Assam Mental Hospital (Tezpur, India) - 1933-1948
Year: 1933
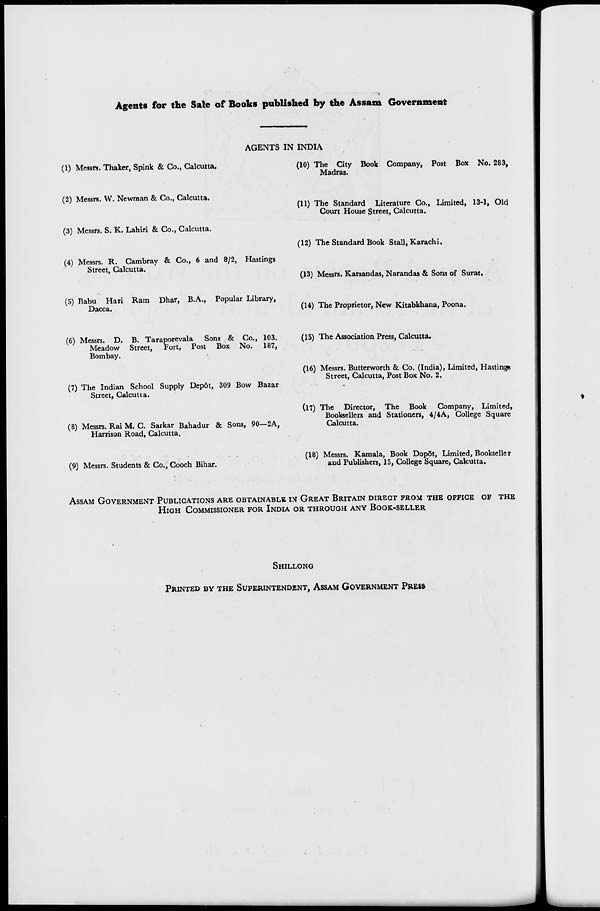
Agents for the Sale of Books published by the Assam Government
AGENTS IN INDIA
(1) Messrs. Thaker, Spink & Co., Calcutta.
(2) Messrs. W. Newman & Co., Calcutta.
(3) Messrs. S. K. Lahiri & Co., Calcutta.
(4) Messrs. R. Cambray & Co., 6 and 8/2, Hastings
Street, Calcutta.
(5) Babu Hari Ram Dhar, B.A., Popular Library,
Dacca.
(6) Messrs. D. B. Taraporevala Sons & Co., 103.
Meadow Street, Fort, Post Box No. 187,
Bombay.
(7) The Indian School Supply Depôt, 309 Bow Bazar
Street, Calcutta.
(8) Messrs. Rai M. C. Sarkar Bahadur & Sons, 90—2A,
Harrison Road, Calcutta.
(9) Messrs. Students & Co., Cooch Bihar.
(10) The City Book Company, Post Box No. 283,
Madras.
(11) The Standard Literature Co., Limited, 13-1, Old
Court House Street, Calcutta.
(12) The Standard Book Stall, Karachi.
(13) Messrs. Karsandas, Narandas & Sons of Surat.
(14) The Proprietor, New Kitabkhana, Poona.
(15) The Association Press, Calcutta.
(16) Messrs. Butterworth & Co. (India), Limited, Hastings
Street, Calcutta, Post Box No. 2.
(17) The Director, The Book Company, Limited,
Booksellers and Stationers, 4/4A, College Square
Calcutta.
(18) Messrs. Kamala, Book Depôt, Limited, Bookseller
and Publishers, 15, College Square, Calcutta.
ASSAM GOVERNMENT PUBLICATIONS ARE OBTAINABLE IN GREAT BRITAIN DIRECT FROM THE OFFICE OF THE
HIGH COMMISSIONER FOR INDIA OR THROUGH ANY BOOK-SELLER
SHILLONG
PRINTED BY THE SUPERINTENDENT, ASSAM GOVERNMENT PRESS